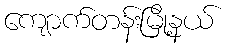
ကျောက်တန်းမြို့နယ်